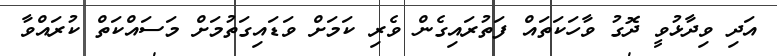
އަދި ވިދާޅުވީ ދޮގު ވާހަކަތައް ފަތުރައިގެން ވެރި ކަމަށް ވަޑައިގަތުމަށް މަސައްކަތް ކުރައްވާ